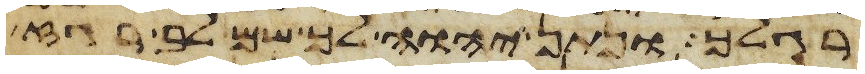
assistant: רגלך ונתן יהוה לך שם לב רגז